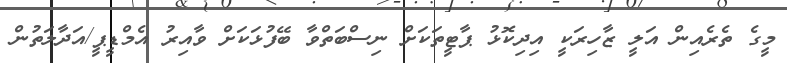
މީގެ ތެރެއިން އަލީ ޒާހިރަކީ އިދިކޮޅު ޕާޓީތަކަށް ނިސްބަތްވާ ބޭފުޅަކަށް ވާއިރު އެމްޑީޕީ/އަދާލަތުން